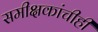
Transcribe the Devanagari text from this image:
समीक्षकांचीही